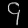
Digit: ၄